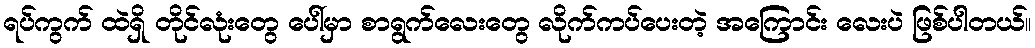
ရပ်ကွက် ထဲရှိ တိုင်လုံးတွေ ပေါ်မှာ စာရွက်လေးတွေ လိုက်ကပ်ပေးတဲ့ အကြောင်း လေးပဲ ဖြစ်ပါတယ်။